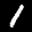
Label: 1